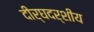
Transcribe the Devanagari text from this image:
दीर्घदर्शीय